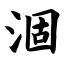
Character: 涸